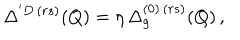
\Delta ^ { ' D \, ( r s ) } ( Q ) = \eta \, \Delta _ { g } ^ { ( 0 ) \, ( r s ) } ( Q ) \, ,